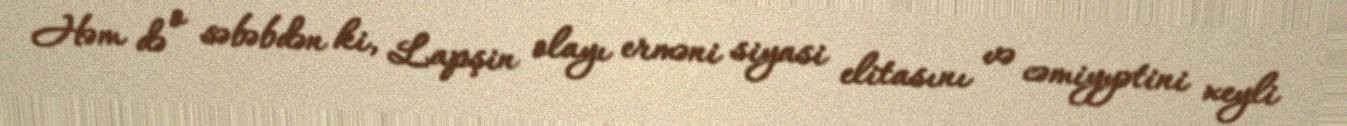
Həm də o səbəbdən ki, Lapşin olayı erməni siyasi elitasını və cəmiyyətini xeyli